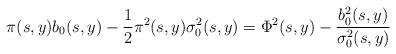
LaTeX: \begin{align*}\pi(s,y)b_0(s,y)-\frac{1}{2}\pi^2(s,y)\sigma_0^2(s,y)=\Phi^2(s,y) -\frac{b_0^2(s,y)}{\sigma_0^2(s,y)}\end{align*}